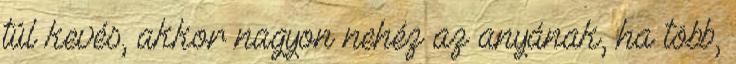
túl kevés, akkor nagyon nehéz az anyának, ha több,